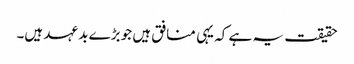
حقیقت یہ ہے کہ یہی منافق ہیں جو بڑے بد عہد ہیں۔